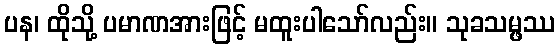
ပန၊ ထိုသို့ ပမာဏအားဖြင့် မထူးပါသော်လည်း။ သုခသမ္ဖဿ